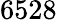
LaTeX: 6528